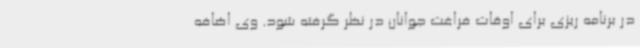
در برنامه ریزی برای اوقات فراغت جوانان در نظر گرفته شود. وی اضافه